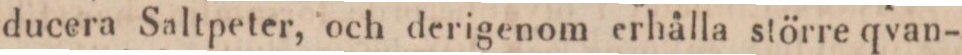
ducera Saltpeter, och derigenom erhålla större qvan-